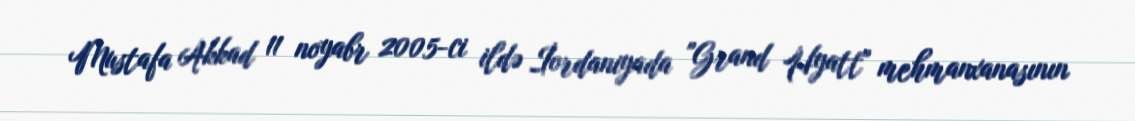
Mustafa Akkad 11 noyabr 2005-ci ildə İordaniyada "Grand Hyatt" mehmanxanasının